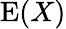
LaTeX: \operatorname{E}(X)